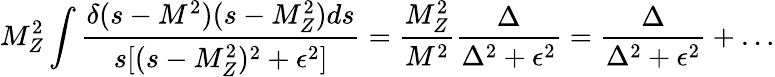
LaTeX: M_{Z}^{2}\int{\frac{\delta(s-M^{2})(s-M_{Z}^{2})ds}{s[(s-M_{Z}^{2})^{2}+\epsilon^{2}]}}={\frac{M_{Z}^{2}}{M^{2}}}{\frac{\Delta}{\Delta^{2}+\epsilon^{2}}}={\frac{\Delta}{\Delta^{2}+\epsilon^{2}}}+\ldots